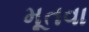
મૂતવા